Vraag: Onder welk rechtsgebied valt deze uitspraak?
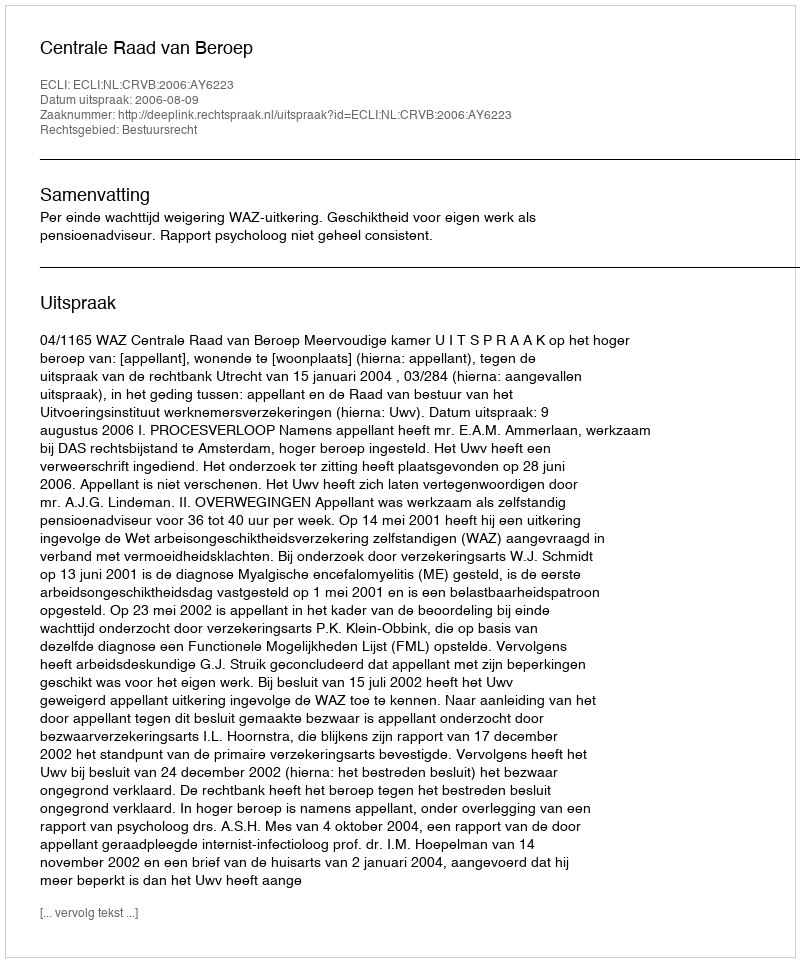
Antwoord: Bestuursrecht